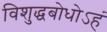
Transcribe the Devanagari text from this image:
विशुद्धबोधोऽहं